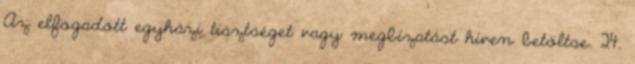
Az elfogadott egyházi tisztséget vagy megbízatást híven betöltse. 24.